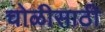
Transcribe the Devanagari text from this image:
चोळीसाठी